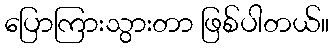
ပြောကြားသွားတာ ဖြစ်ပါတယ်။